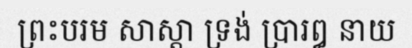
ព្រះបរម សាស្តា ទ្រង់ ប្រារឰ នាយ